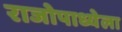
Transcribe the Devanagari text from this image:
राजोपाध्येला